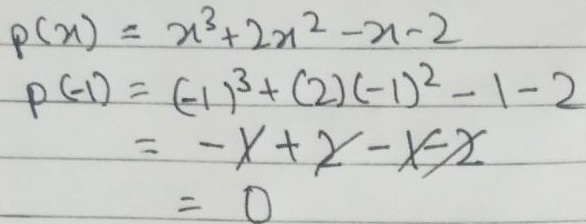
\[
\begin{align*}
p(x)&=x^{3}+2x^{2}-x - 2\\
p(-1)&=(-1)^{3}+(2)(-1)^{2}-1 - 2\\
&=-1 + 2-1 - 2\\
&=0
\end{align*}
\]